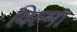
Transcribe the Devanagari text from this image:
व़िल्मा